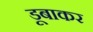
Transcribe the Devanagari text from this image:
डूबाकर